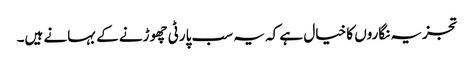
تجزیہ نگاروں کا خیال ہے کہ یہ سب پارٹی چھوڑنے کے بہانے ہیں۔